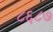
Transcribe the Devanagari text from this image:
८६८७